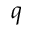
q